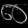
Digit: ၈